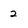
Character: 2